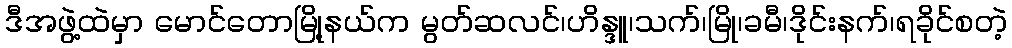
ဒီအဖွဲ့ထဲမှာ မောင်တောမြို့နယ်က မွတ်ဆလင်၊ဟိန္ဒူ၊သက်၊မြို၊ခမီ၊ဒိုင်းနက်၊ရခိုင်စတဲ့